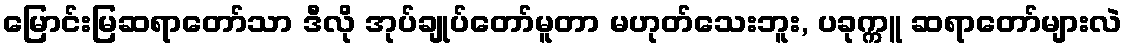
မြောင်းမြဆရာတော်သာ ဒီလို အုပ်ချုပ်တော်မူတာ မဟုတ်သေးဘူး, ပခုက္ကူ ဆရာတော်များလဲ